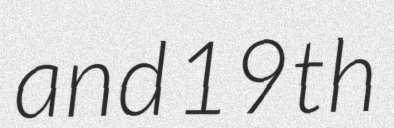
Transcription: and 19th